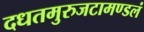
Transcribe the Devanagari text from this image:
दधतमुरुजटामण्डलं